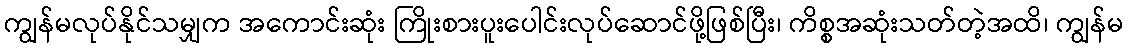
ကျွန်မလုပ်နိုင်သမျှက အကောင်းဆုံး ကြိုးစားပူးပေါင်းလုပ်ဆောင်ဖို့ဖြစ်ပြီး၊ ကိစ္စအဆုံးသတ်တဲ့အထိ၊ ကျွန်မ